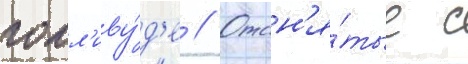
голл'иву́д'е // Отсн'я́тые с